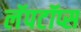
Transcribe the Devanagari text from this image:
लॅपटॉप्स